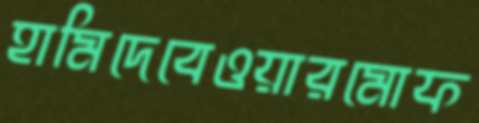
হামিদেবেওয়ারমোফ